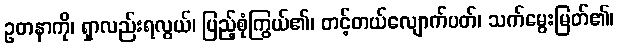
ဥတနာကို၊ ရှာလည်းရလွယ်၊ ပြည့်စုံကြွယ်၏၊ တင့်တယ်လျောက်ပတ်၊ သက်မွေးမြတ်၏၊